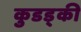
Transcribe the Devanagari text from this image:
कुडड्की